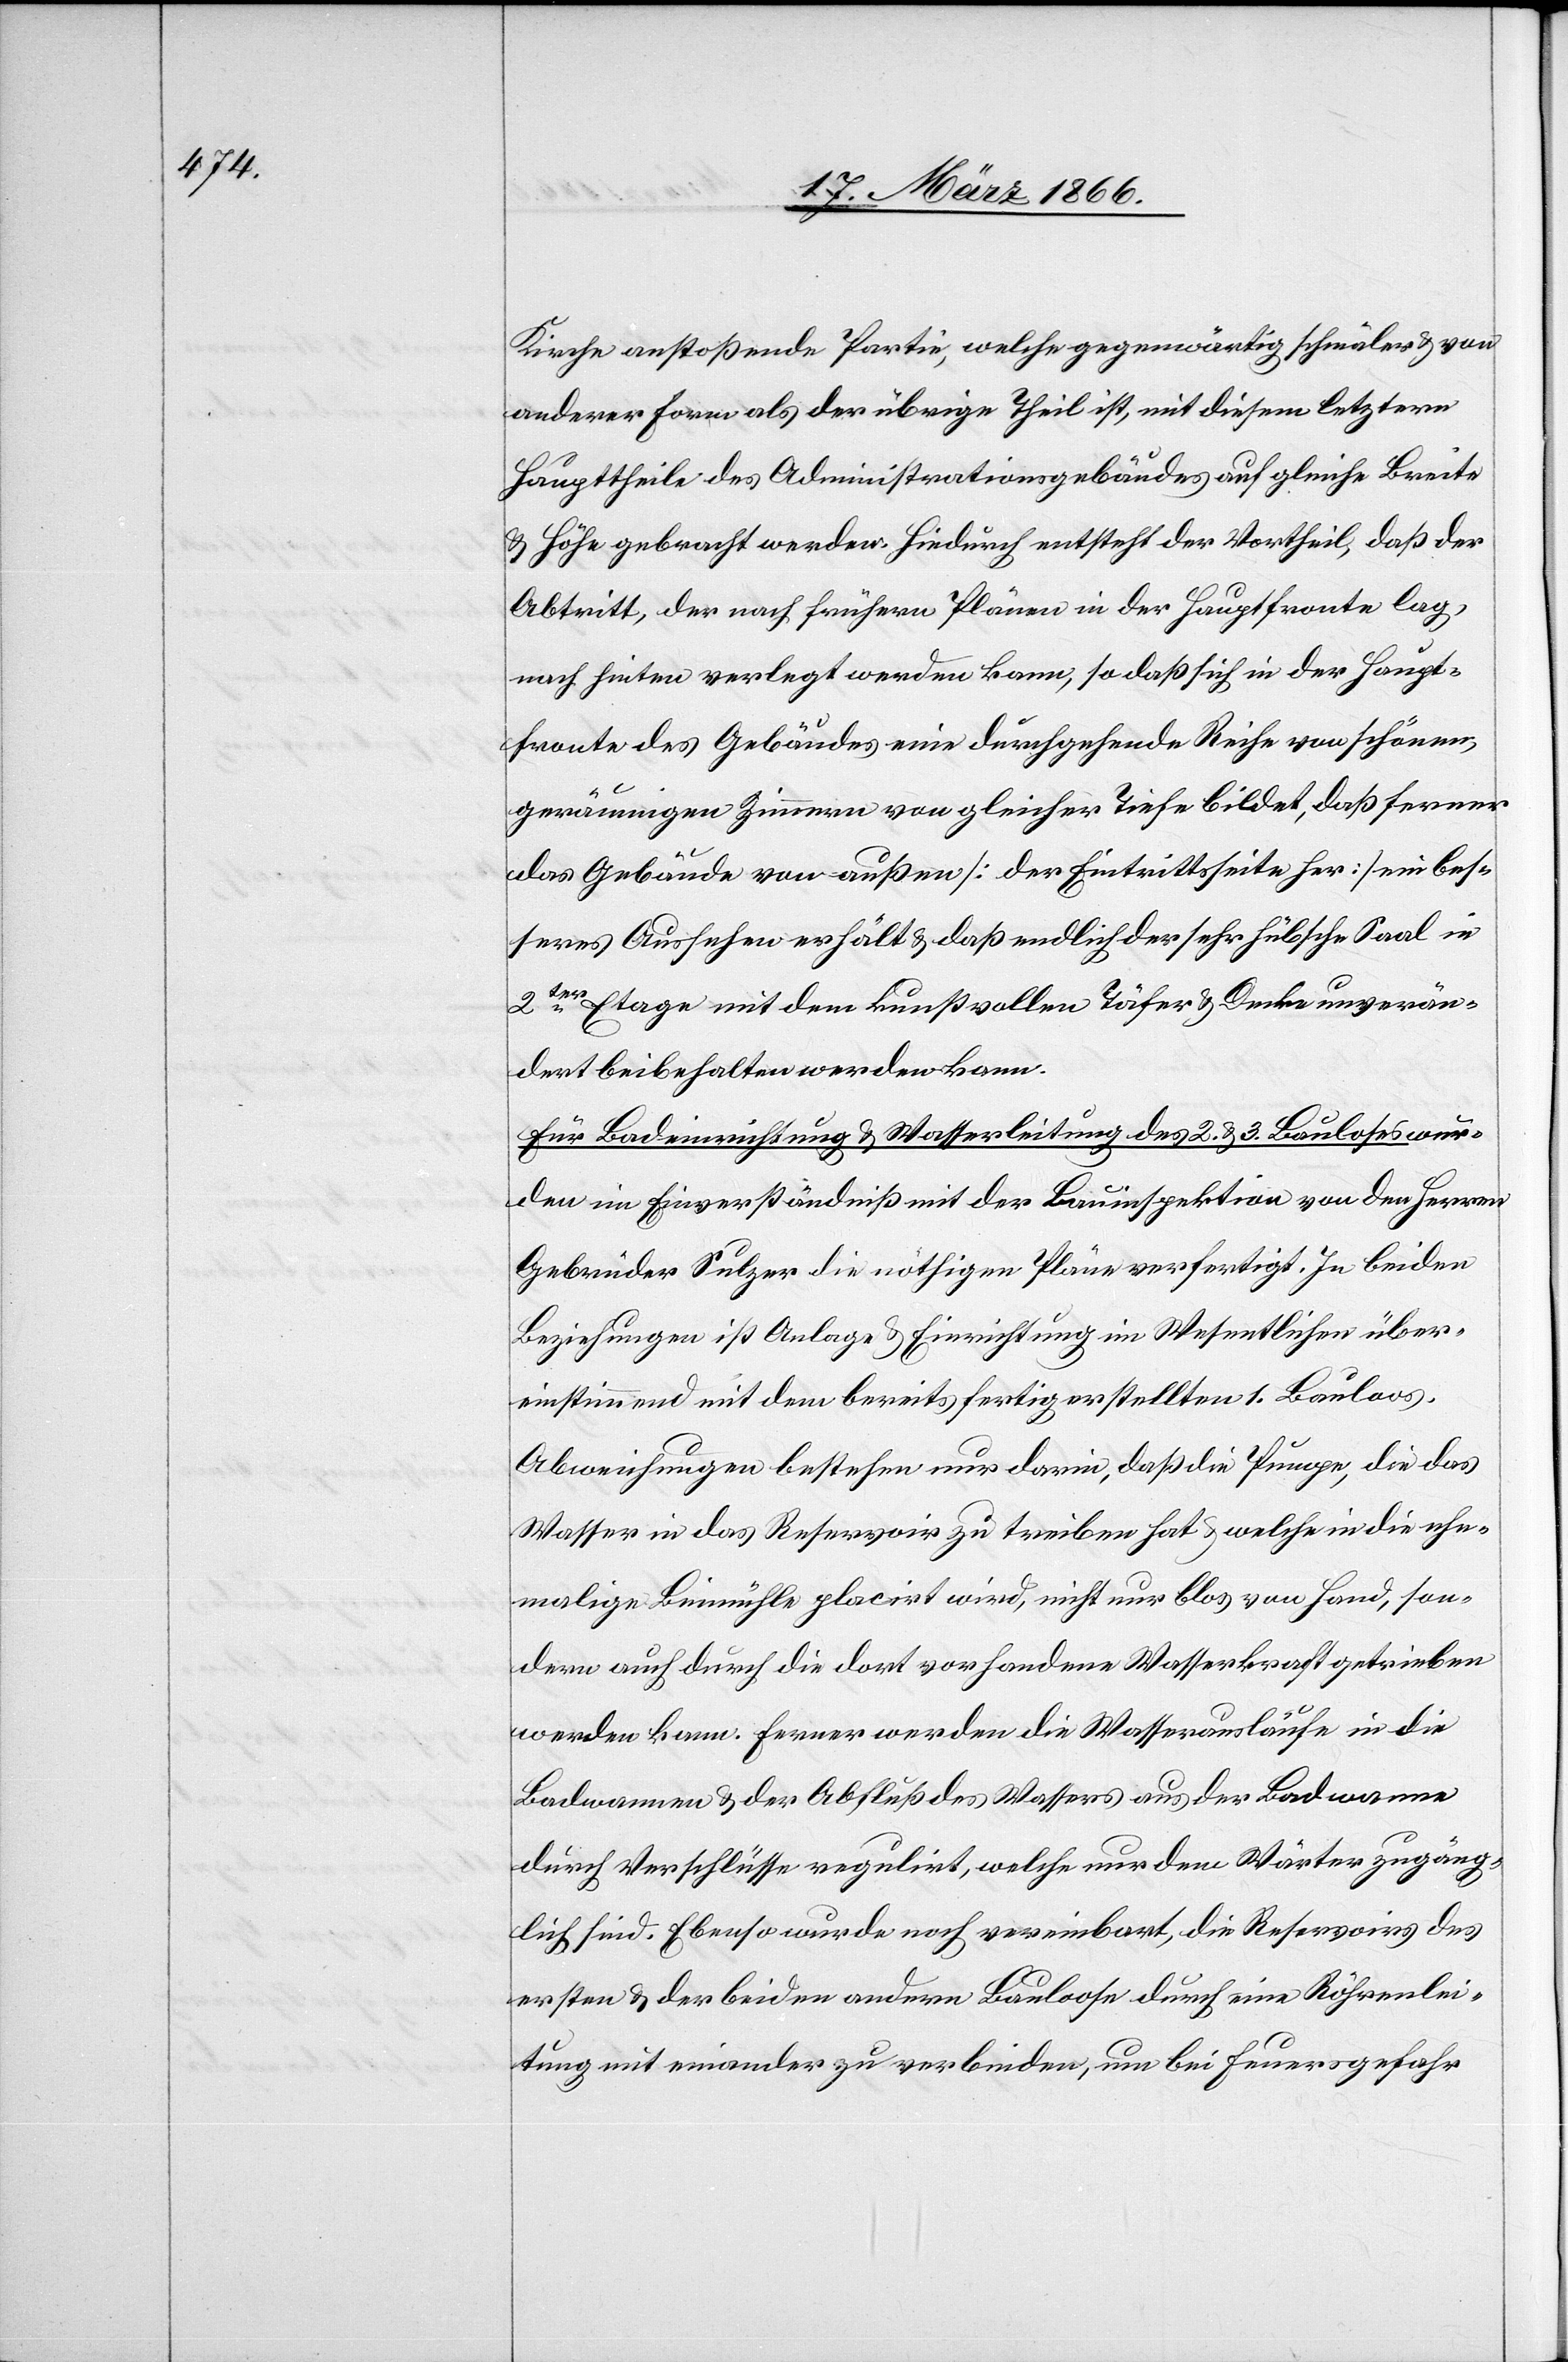
Kirche anstoßende Partie, welche gegenwärtig schmäler u. von
anderer Form als der übrige Theil, mit diesem letztern
Haupttheile des Administrativgebäudes auf gleiche Breite
u. Höhe gebracht werden. Hiedurch entsteht der Vortheil, daß der
Abtritt, der nach frühern Plänen in der Hauptfronte lag,
nach hinten verlegt werden kann, so daß sich in der Haupt¬
fronte des Gebäudes eine durchgehende Reihe von schönen,
geräumigen Zimmern von gleicher Tiefe bildet, daß ferner
das Gebäude von außen [der Eintrittsseite her] ein bes¬
seres Aussehen erhält u. daß endlich der sehr hübsche Saal in
2ter. Etage mit dem kunstvollen Täfer u. Decke unverän¬
dert beibehalten werden kann.
für Badeinrichtung u. Wasserleitung des 2. u. 3. Bauloses wur¬
den im Einverständniß mit der Bauinspektion von den Herren
Gebrüder Sulzer die nöthigen Pläne verfertigt. In beiden
Beziehungen ist Anlage u. Einrichtung im Wesentlichen über¬
einstimmend mit dem bereits fertig erstellten 1. Bauloos.
Abweichungen bestehen nur darin, daß die Pumpe, die das
Wasser in das Reservoir zu treiben hat u. welche in die ehe¬
malige Leimmühle placirt wird, nicht nur blos von Hand, son¬
dern auch durch die dort vorhandene Wasserkraft getrieben
werden kann. Ferner werden die Wasserausläufe in die
Badwannen u. der Abfluß des Wassers aus der Badwanne
durch Verschlüsse regulirt, welche nur dem Wärter zugäng¬
lich sind, Ebenso wurde noch vereinbart, die Reservoirs des
ersten u. der beiden andern Bauloose durch eine Röhrenlei¬
tung mit einander zu verbinden, um bei Feuergefahr